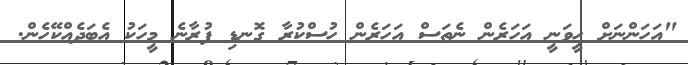
"އަހަންނަށް ހީވަނީ އަހަރެން ނެތަސް އަހަރެން ހުސްކުރާ ގޮނޑި ފުރާނެ މީހަކު އެބަދެއްކޭހެން.